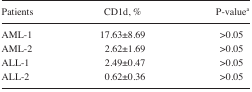
| Patients | CD1d, % | P-valuea |
 | --- | --- | --- |
 | AML-1 | 17.63±8.69 | >0.05 |
 | AML-2 | 2.62±1.69 | >0.05 |
 | ALL-1 | 2.49±0.47 | >0.05 |
 | ALL-2 | 0.62±0.36 | >0.05 |